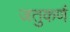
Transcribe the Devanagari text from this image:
जतुकर्ण